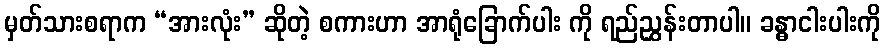
မှတ်သားစရာက “အားလုံး” ဆိုတဲ့ စကားဟာ အာရုံခြောက်ပါး ကို ရည်ညွှန်းတာပါ။ ခန္ဓာငါးပါးကို